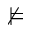
\nvDash